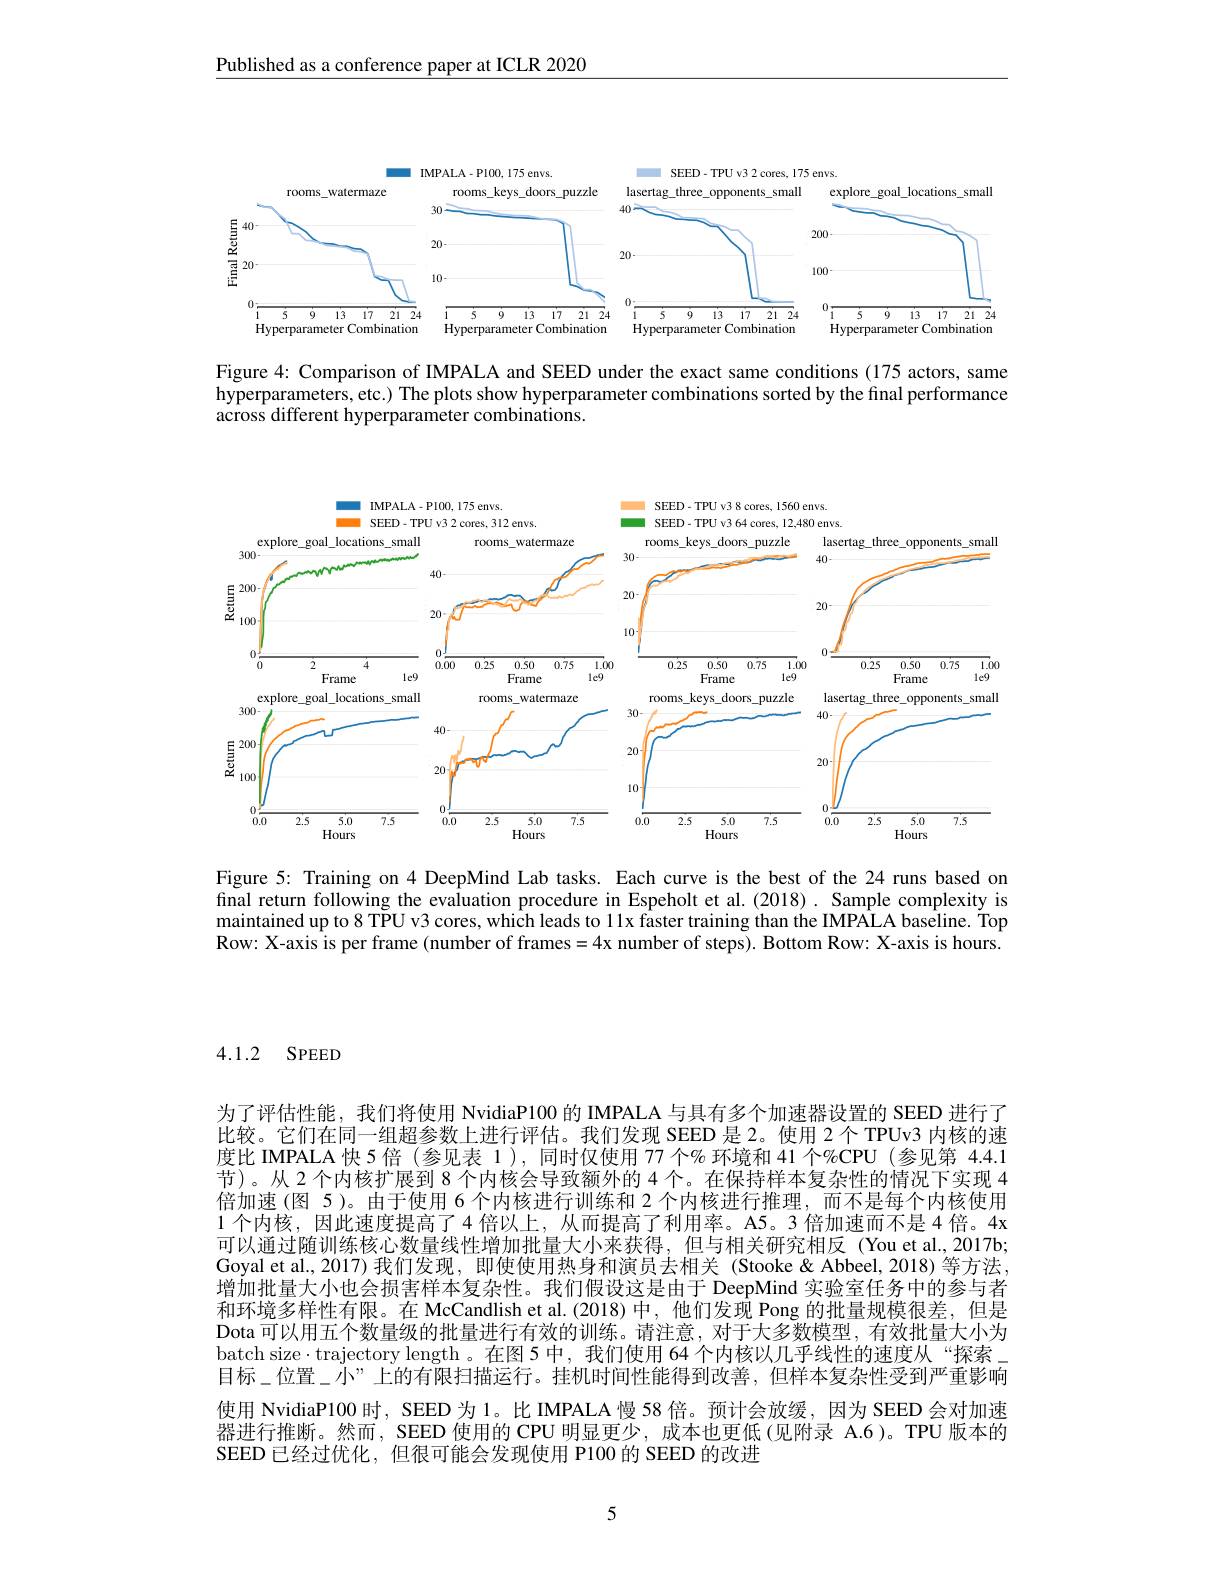
Published as a conference paper at ICLR 2020

<FigureHere>

Figure 4: Comparison of IMPALA and SEED under the exact same conditions (175 actors, same hyperparameters, etc.) The plots show hyperparameter combinations sorted by the final performance across different hyperparameter combinations.

<FigureHere>

Figure 5: Training on 4 DeepMind Lab tasks. Each curve is the best of the 24 runs based on final return following the evaluation procedure in Espeholt et al.(2018). Sample complexity is maintained up to 8 TPU v3 cores, which leads to 11x faster training than the IMPALA baseline. Top Row: X-axis is per frame (number of frames =4x number of steps). Bottom Row: X-axis is hours.

4.1.2 SPEED

为了评估性能，我们将使用 NvidiaP100 的 IMPALA 与具有多个加速器设置的 SEED 进行了比较。它们在同一组超参数上进行评估。我们发现 SEED 是 2。使用 2个 TPUv3 内核的速度比 IMPALA 快 5倍 (参见表 1),同时仅使用 77 个% 环境和 41 个%CPU (参见第 4.4.1节)。从 2个内核扩展到 8 个内核会导致额外的 4 个。在保持样本复杂性的情况下实现 4倍加速(图 5)。由于使用 6 个内核进行训练和 2 个内核进行推理，而不是每个内核使用1 个内核，因此速度提高了4 倍以上，从而提高了利用率。A5。3 倍加速而不是 4 倍。4x 可以通过随训练核心数量线性增加批量大小来获得，但与相关研究相反(You et al., 2017b) Goyal et al., 2017) 我们发现，即使使用热身和演员去相关 (Stooke&Abbeel,2018)等方法， 增加批量大小也会损害样本复杂性。我们假设这是由于 DeepMind 实验室任务中的参与者和环境多样性有限。在 McCandlish et al.(2018)中，他们发现 Pong 的批量规模很差，但是Dota 可以用五个数量级的批量进行有效的训练。请注意，对于大多数模型，有效批量大小为batch size$\cdot$trajectory length。在图5中，我们使用 64个内核以几乎线性的速度从“探索\_ 目标\_位置\_小”上的有限扫描运行。挂机时间性能得到改善，但样本复杂性受到严重影响使用 NvidiaP100 时，SEED 为 1。比 IMPALA 慢 58 倍。预计会放缓，因为 SEED 会对加速器进行推断。然而，SEED 使用的 CPU 明显更少，成本也更低 (见附录 A.6)。TPU 版本的SEED 已经过优化，但很可能会发现使用 P100 的 SEED 的改进

5